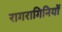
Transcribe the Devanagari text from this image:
रागरागिनियों